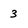
Character: 3